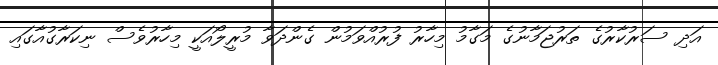
އަދި ސަރުކާރުގެ ތަރުޖަމާނުގެ މަގާމު މިހާރު ފުރުއްވަމުން ގެންދަވާ މުރީލޯއަކީ މިހާރުވެސް ނިކަރާގުއާގައި